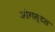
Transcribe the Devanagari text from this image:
ओगस्टस